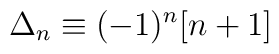
\Delta_n \equiv (-1)^n [n+1]